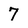
Character: 7